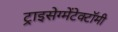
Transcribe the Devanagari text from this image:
ट्राइसेग्मेंटेक्टॉमी